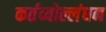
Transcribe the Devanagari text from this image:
कर्तव्योल्लंघन